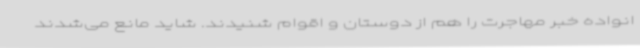
انواده خبر مهاجرت را هم از دوستان و اقوام شنیدند. شاید مانع می‌شدند